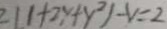
2 ( 1 + 2 y + y ^ { 2 } ) - y = 2